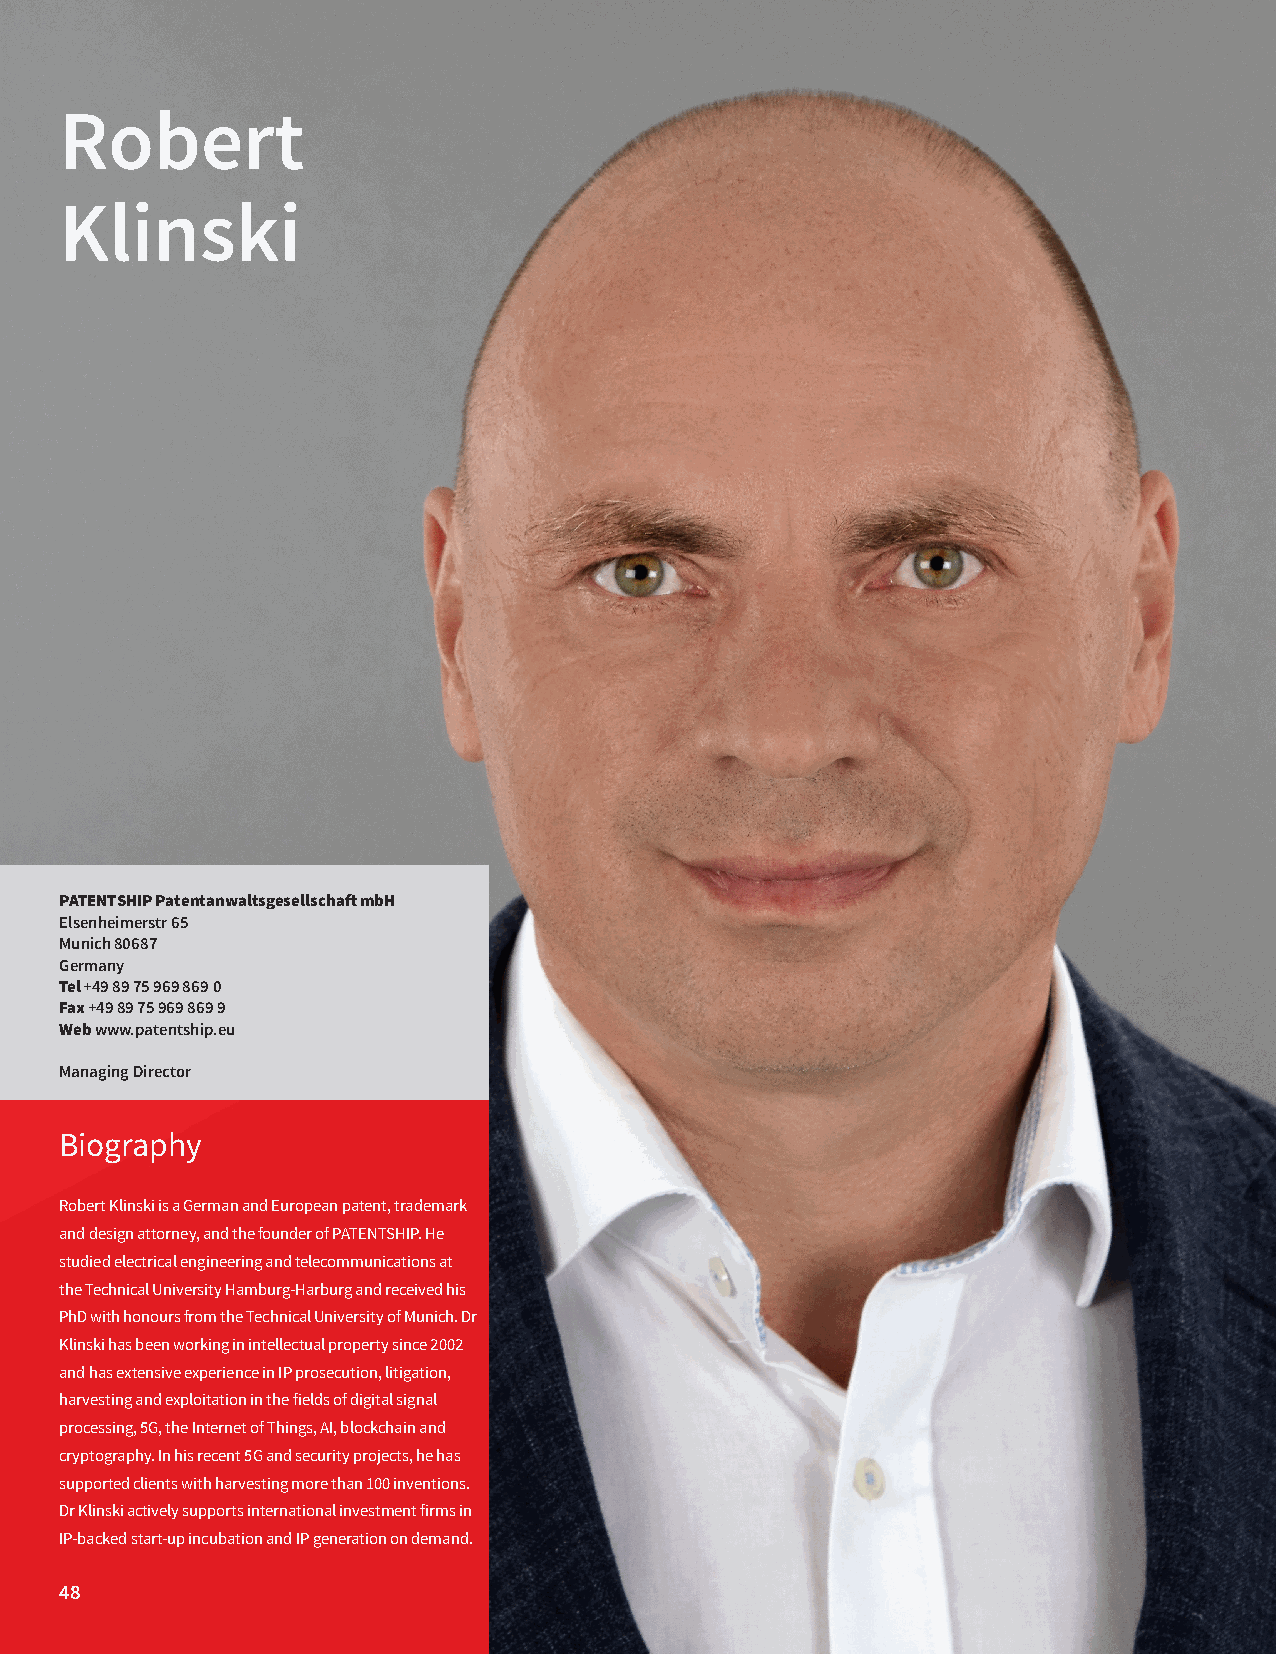
Robert
 Klinski
 PATENTSHIP Patentanwaltsgesellschaft mbH
 Elsenheimerstr 65
 Munich 80687
 Germany
 Tel +49 89 75 969 869 0
 Fax +49 89 75 969 869 9
 Web www.patentship.eu
 Managing Director
 Biography
 Robert Klinski is a German and European patent, trademark
 and design attorney, and the founder of PATENTSHIP. He
 studied electrical engineering and telecommunications at
 the Technical University Hamburg-Harburg and received his
 PhD with honours from the Technical University of Munich. Dr
 Klinski has been working in intellectual property since 2002
 and has extensive experience in IP prosecution, litigation,
 harvesting and exploitation in the fields of digital signal
 processing, 5G, the Internet of Things, AI, blockchain and
 cryptography. In his recent 5G and security projects, he has
 supported clients with harvesting more than 100 inventions.
 Dr Klinski actively supports international investment firms in
 IP-backed start-up incubation and IP generation on demand.
 48